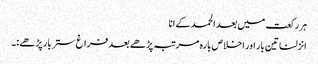
ہر رکعت میں بعد الحمد کے انا
انزلنا تین بار اور اخلاص بارہ مرتبہ پڑھے بعد فراغ ستر بار پڑھے :۔